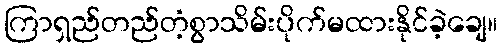
ကြာရှည်တည်တံ့စွာသိမ်းပိုက်မထားနိုင်ခဲ့ချေ။